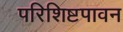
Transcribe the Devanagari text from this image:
परिशिष्टपावन